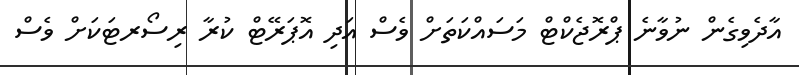
އާދެވިގެން ނުވާނެ ޕްރޮޖެކްޓް މަސައްކަތަށް ވެސް އަދި އޮޕަރޭޓް ކުރާ ރިސޯރޓަކަށް ވެސް